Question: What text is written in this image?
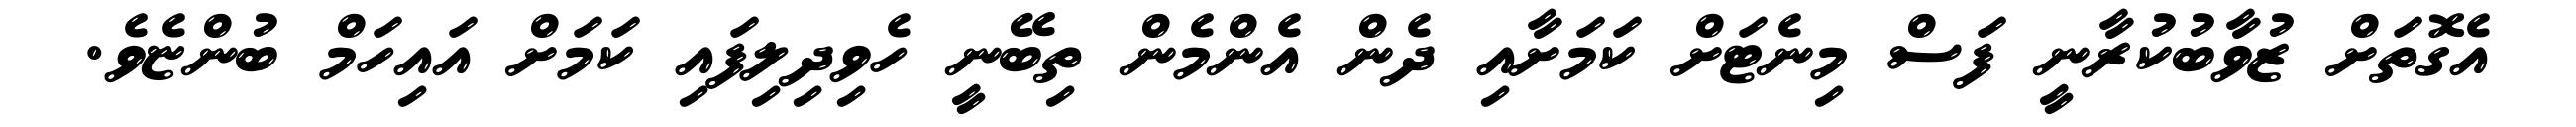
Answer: އެގޮތަށް ޒުވާބުކުރާނީ ފަސް މިނެޓަށް ކަމަށާއި ދެން އެންމެން ތިބޭނީ ހެވިދިލިފައި ކަމަށް އައިހަމް ބުންޏެވެ.